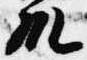
殿